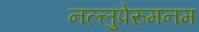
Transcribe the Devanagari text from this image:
नल्लुपेरुमनम